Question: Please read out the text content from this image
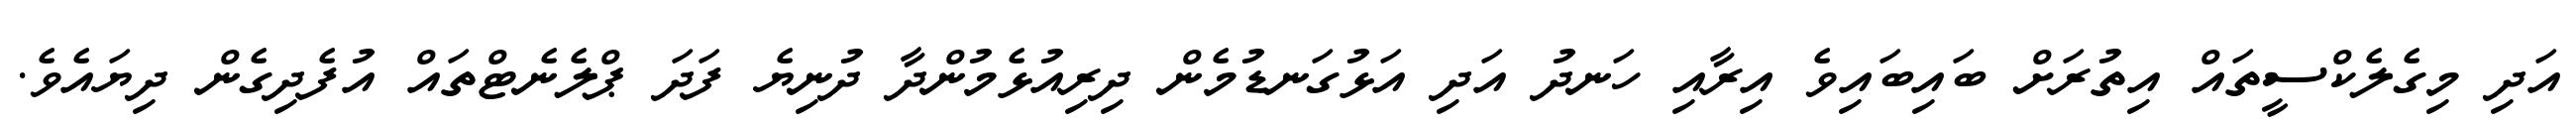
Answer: އަދި މިގެލެކްސީތައް އިތުރަށް ބައިބައިވެ އިރާއި ހަނދު އަދި އަޅުގަނޑުމެން ދިރިއުޅެމުންދާ ދުނިޔެ ފަދަ ޕްލެނެޓްތައް އުފެދިގެން ދިޔައެވެ.